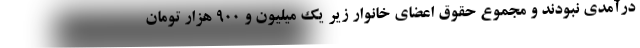
درآمدی نبودند و مجموع حقوق اعضای خانوار زیر یک میلیون و ۹۰۰ هزار تومان